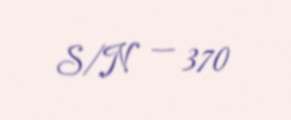
S/N — 370